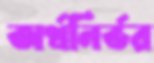
অর্থনির্ভর